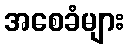
အစေခံများ